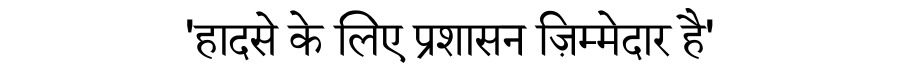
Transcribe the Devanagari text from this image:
'हादसे के लिए प्रशासन ज़िम्मेदार है'